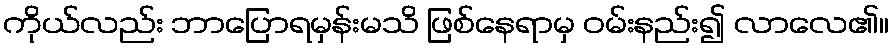
ကိုယ်လည်း ဘာပြောရမှန်းမသိ ဖြစ်နေရာမှ ဝမ်းနည်း၍ လာလေ၏။